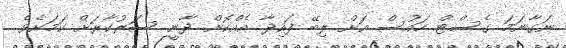
ނަގާނަމަ ގެސްޓް ހައުސް އަށް ލިބޭ ފައިދާ އެއްކޮށް ދާނީ ސަރުކާރަށް ކަމަށެވެ.